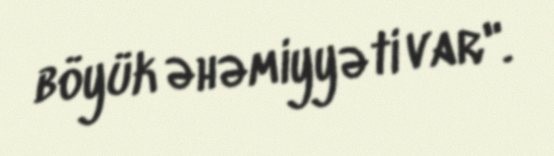
böyük əhəmiyyəti var".